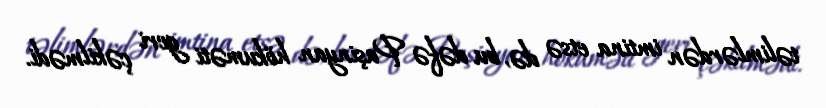
təlimlərdən imtina etsə də, bu dəfə Paşinyan hökuməti geri çəkilmədi.